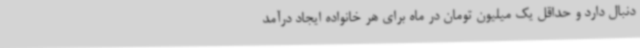
دنبال دارد و حداقل یک میلیون تومان در ماه برای هر خانواده ایجاد درآمد